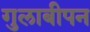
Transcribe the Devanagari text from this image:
गुलाबीपन